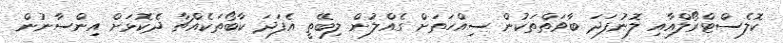
ކޮލެސްޓްރޯލްއާއި ލޮނުފަދަ ބާވަތްތަކުން ސިއްހަތަށް ގެއްލުން ލިބޭތީ އެފަދަ ކާބޯތަކެއްޗާ ދެކޮޅަށް އިންސާނުން